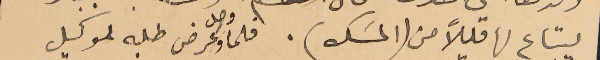
ليبتاع لها قليلاً من (المسَك). فلما وصل وعرض طلبه لوكيل